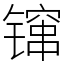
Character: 镩